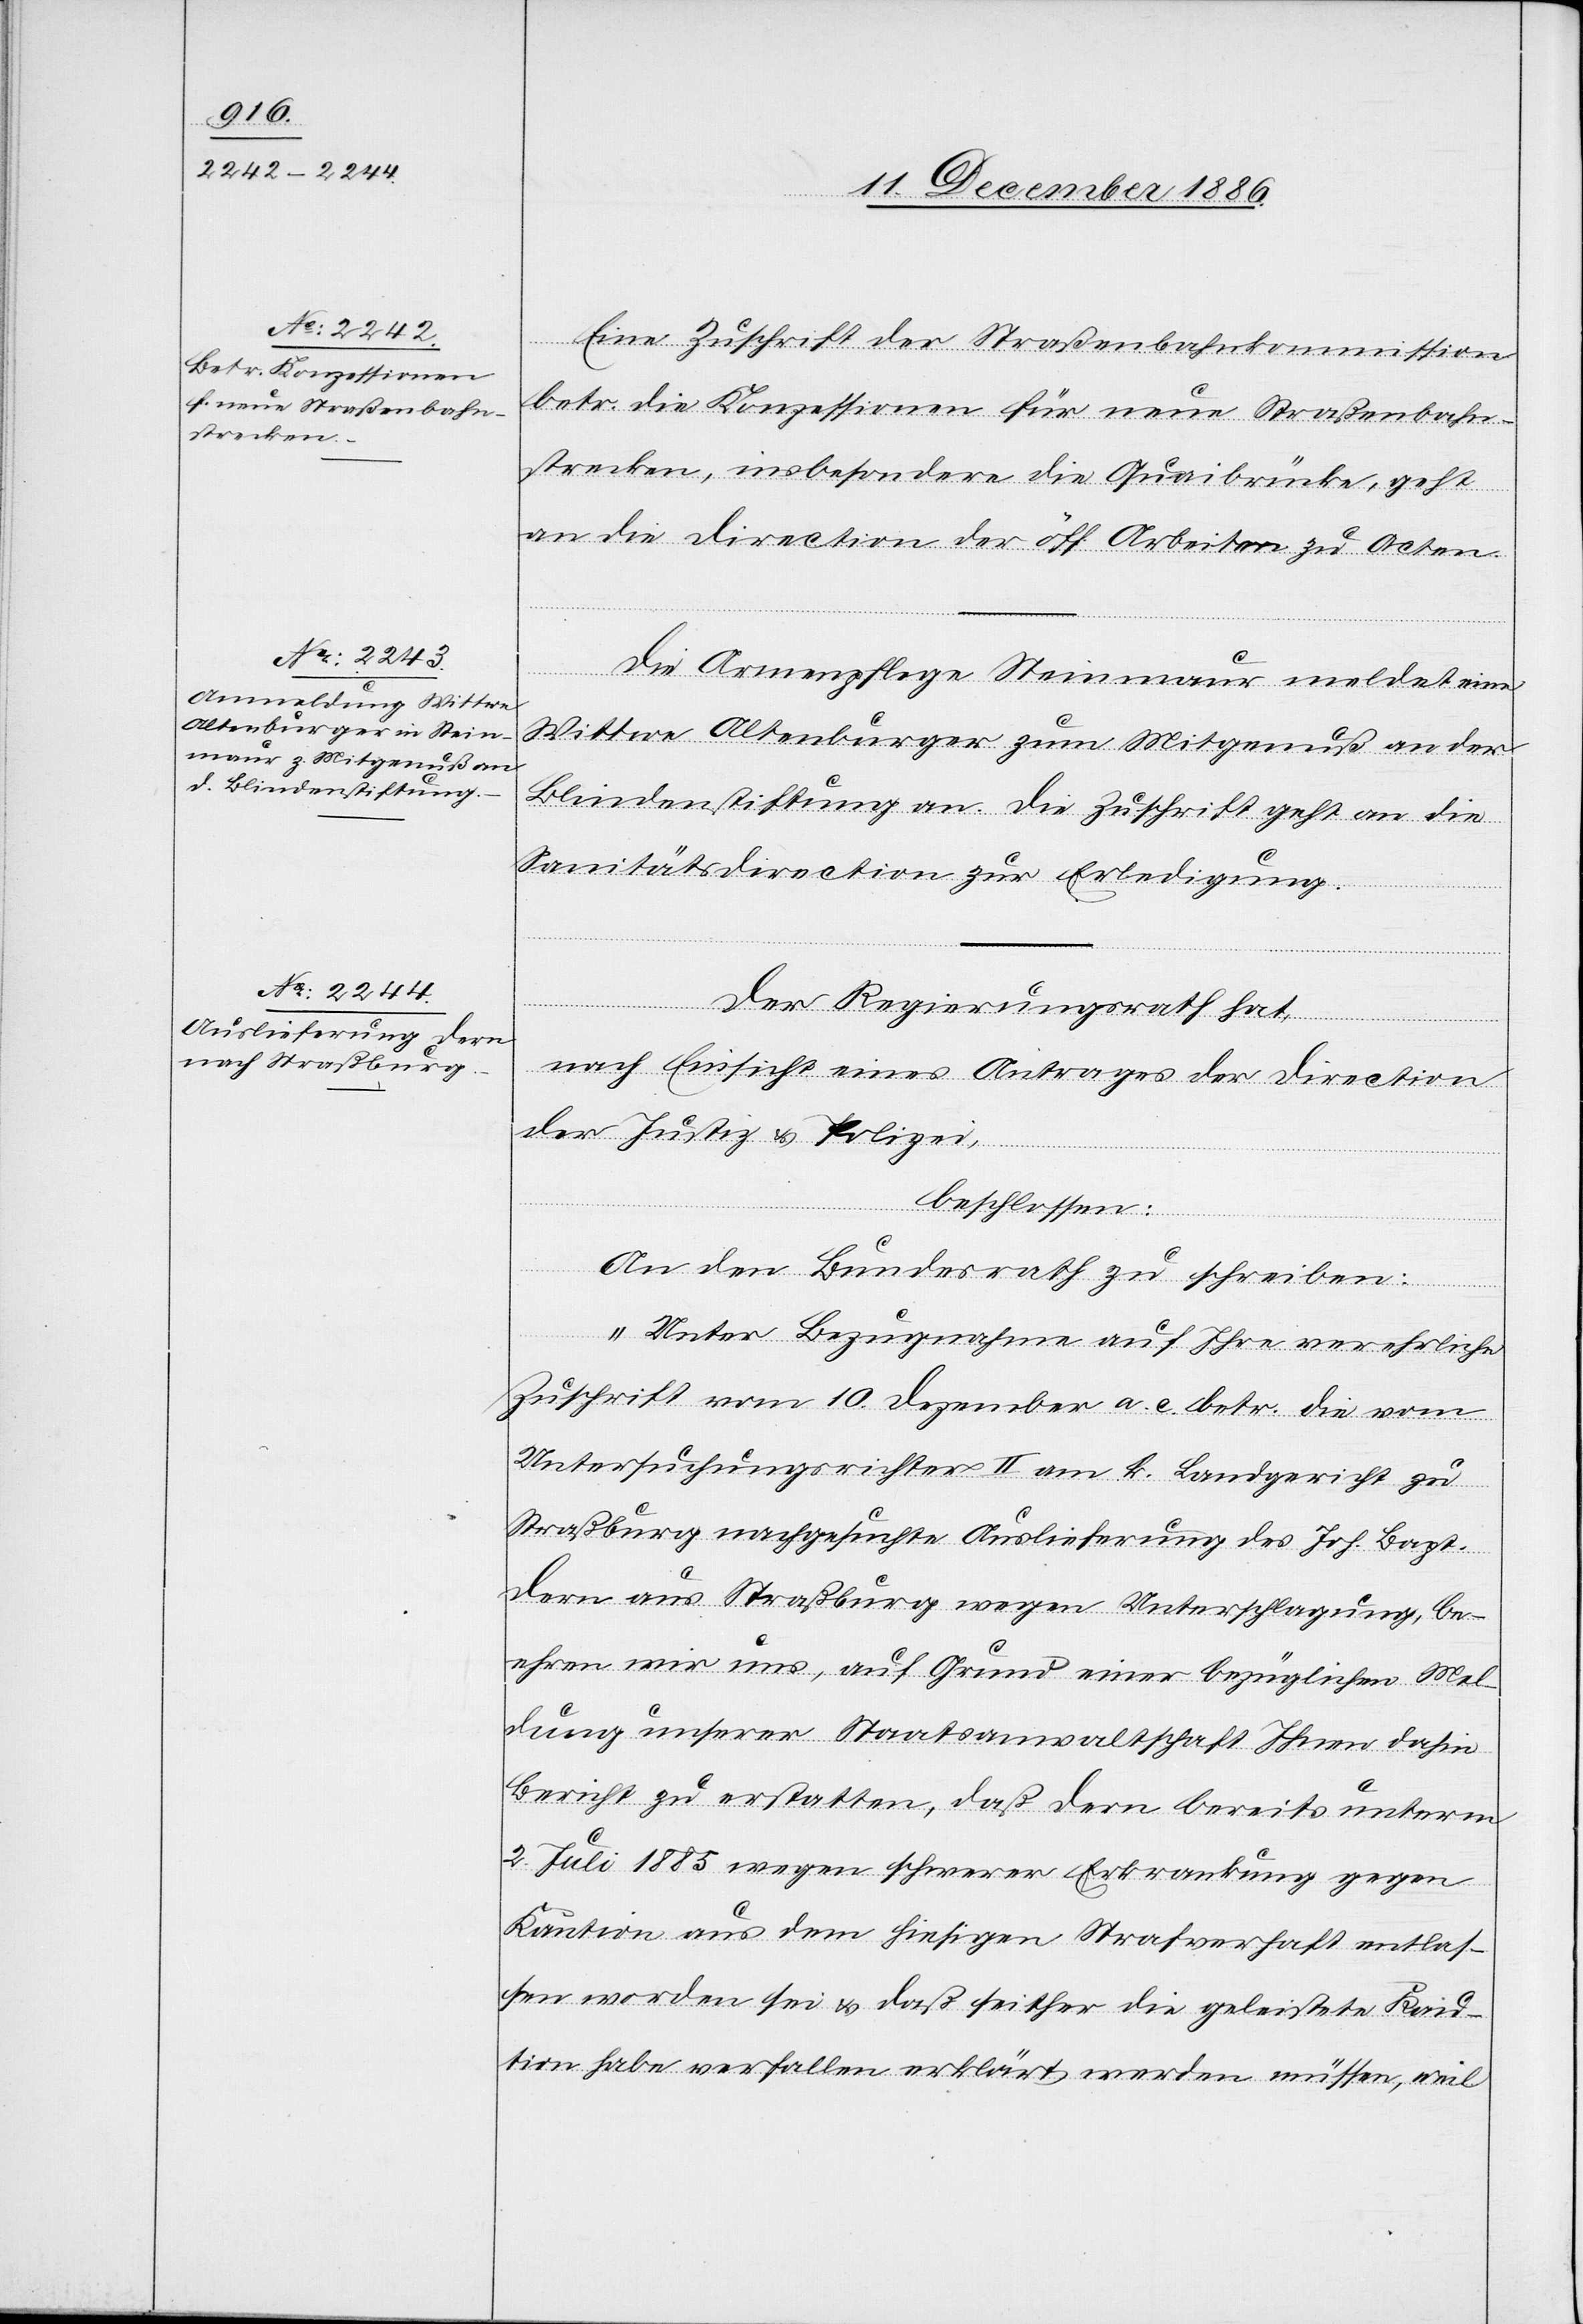
13. Dezember 1886.]
Eine Zuschrift der Straßenbahnkommission
betr. die Konzessionen für neue Straßenbahn¬
strecken, insbesondere die Quaibrücke, geht
an die Direction der öff. Arbeiten zu Acten.
Die Armenpflege Steinmaur meldet eine
Wittwe Altenburger zum Mitgenuß an der
Blindenstiftung an. Die Zuschrift geht an die
Sanitätsdirection zur Erledigung.
verfügungen.
Der Regierungsrath hat,
nach Einsicht eines Antrages der Direction
der Justiz & Polizei,
beschlossen:
An den Bundesrath zu schreiben:
„Unter Bezugnahme auf Ihre verehrliche
Zuschrift vom 10. Dezember a. c. betr. die vom
Untersuchungsrichter II am k. Landgericht zu
Straßburg nachgesuchte Auslieferung des Joh. Bapt.
Dern aus Straßburg wegen Unterschlagung, be¬
ehren wir uns, auf Grund einer bezüglichen Mel¬
dung unserer Staatsanwaltschaft Ihnen dahin
Bericht zu erstatten, daß Dern bereits unterm
2. Juli 1885 wegen schwerer Erkrankung gegen
Kaution aus dem hiesigen Strafverhaft entlas¬
sen worden sei & daß seither die geleistete Kau¬
tion habe verfallen erklärt werden müssen, weil